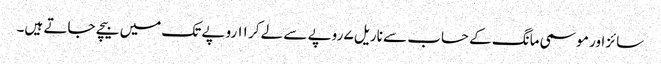
سائز اور موسمی مانگ کے حساب سے ناریل ۷ روپے سے لے کر ۱۱ روپے تک میں بیچے جاتے ہیں۔